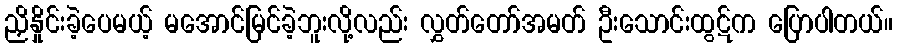
ညှိနှိုင်းခဲ့ပေမယ့် မအောင်မြင်ခဲ့ဘူးလို့လည်း လွှတ်တော်အမတ် ဦးသောင်းထွဋ်က ပြောပါတယ်။